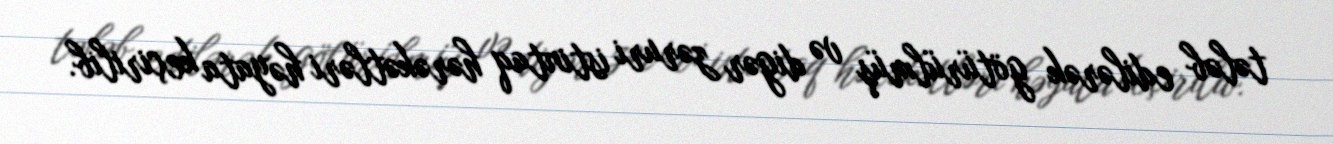
tələb edilərək götürülmüş və digər zəruri istintaq hərəkətləri həyata keçirilib.